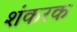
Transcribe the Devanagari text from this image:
शंकरक